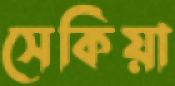
সেকিয়া